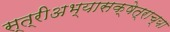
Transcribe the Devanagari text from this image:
स्त्रीअभ्यासक्षेत्राच्या